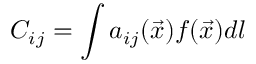
C _ { i j } = \int a _ { i j } ( \vec { x } ) f ( \vec { x } ) d l